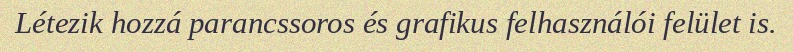
Létezik hozzá parancssoros és grafikus felhasználói felület is.